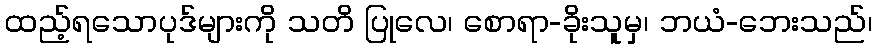
ထည့်ရသောပုဒ်များကို သတိ ပြုလေ၊ စောရာ-ခိုးသူမှ၊ ဘယံ-ဘေးသည်၊